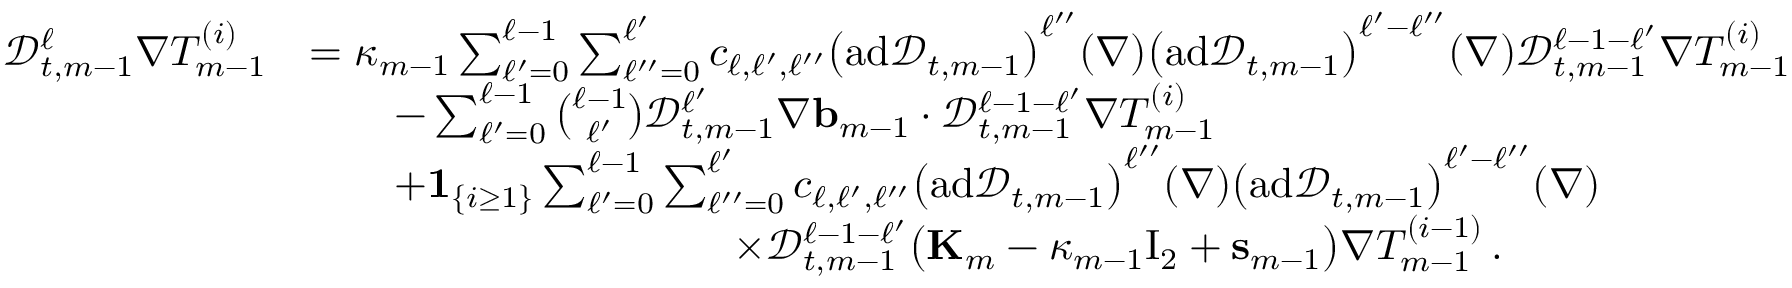
\begin{array} { r l } { \mathscr { D } _ { t , m - 1 } ^ { \ell } \nabla T _ { m - 1 } ^ { ( i ) } } & { = \kappa _ { m - 1 } \sum _ { \ell ^ { \prime } = 0 } ^ { \ell - 1 } \sum _ { \ell ^ { \prime \prime } = 0 } ^ { \ell ^ { \prime } } c _ { \ell , \ell ^ { \prime } , \ell ^ { \prime \prime } } \bigl ( \mathrm { a d } \mathscr { D } _ { t , m - 1 } \bigr ) ^ { \ell ^ { \prime \prime } } ( \nabla ) \bigl ( \mathrm { a d } \mathscr { D } _ { t , m - 1 } \bigr ) ^ { \ell ^ { \prime } - \ell ^ { \prime \prime } } ( \nabla ) \mathscr { D } _ { t , m - 1 } ^ { \ell - 1 - \ell ^ { \prime } } \nabla T _ { m - 1 } ^ { ( i ) } } \\ & { \qquad - \sum _ { \ell ^ { \prime } = 0 } ^ { \ell - 1 } \binom { \ell - 1 } { \ell ^ { \prime } } \mathscr { D } _ { t , m - 1 } ^ { \ell ^ { \prime } } \nabla \ensuremath { \mathbf { b } } _ { m - 1 } \cdot \mathscr { D } _ { t , m - 1 } ^ { \ell - 1 - \ell ^ { \prime } } \nabla T _ { m - 1 } ^ { ( i ) } } \\ & { \qquad + { \bf 1 } _ { \{ i \geq 1 \} } \sum _ { \ell ^ { \prime } = 0 } ^ { \ell - 1 } \sum _ { \ell ^ { \prime \prime } = 0 } ^ { \ell ^ { \prime } } c _ { \ell , \ell ^ { \prime } , \ell ^ { \prime \prime } } \bigl ( \mathrm { a d } \mathscr { D } _ { t , m - 1 } \bigr ) ^ { \ell ^ { \prime \prime } } ( \nabla ) \bigl ( \mathrm { a d } \mathscr { D } _ { t , m - 1 } \bigr ) ^ { \ell ^ { \prime } - \ell ^ { \prime \prime } } ( \nabla ) } \\ & { \qquad \qquad \qquad \qquad \qquad \times \mathscr { D } _ { t , m - 1 } ^ { \ell - 1 - \ell ^ { \prime } } \bigl ( \mathbf { K } _ { m } - \kappa _ { m - 1 } \ensuremath { \mathrm { I } _ { 2 } } + \mathbf { s } _ { m - 1 } \bigr ) \nabla T _ { m - 1 } ^ { ( i - 1 ) } \, . } \end{array}